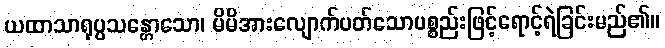
ယထာသာရုပ္ပသန္တောသော၊ မိမိအားလျောက်ပတ်သောပစ္စည်းဖြင့်ရောင့်ရဲခြင်းမည်၏။